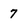
Character: 7